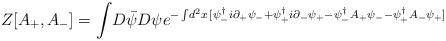
\begin{align*} Z[A_{+},A_{-} ] = \int \! D \bar{\psi} D \psi e^{-\int \! d^2 x\,[ \psi_{-}^{\dag} i \partial_{+} \psi_{-} + \psi_{+}^{\dag} i \partial_{-} \psi_{+} -\psi_{-}^{\dag} A_{+} \psi_{-} - \psi_{+}^{\dag} A_{-} \psi_{+} ] }\end{align*}